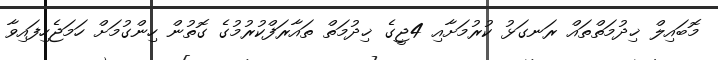
މޮބައިލް ޚިދުމަތްތައް ރަނގަޅު ކުރުމަށާއި 4ޖީގެ ޚިދުމަތް ތައާރަފްކުރުމުގެ ގޮތުން ހިންގުމަށް ހަމަޖެހިފައިވާ